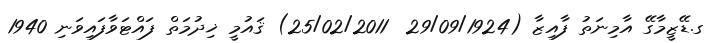
ގ.ޑޭޒީމާގޭ އާމިނަތު ފާއިޒާ (29/09/1924  25/02/2011) ޤައުމީ ޚިދުމަތް ފައްޓަވާފައިވަނި 1940